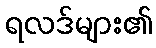
ရလဒ်များ၏